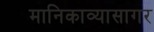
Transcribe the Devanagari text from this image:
मानिकाव्यासागर